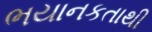
ભયાનકતાથી